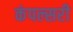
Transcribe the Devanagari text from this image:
कंपल्सरी